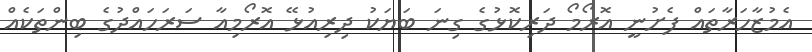
އެމުޒާހަރާތައް ފެށުނީ އޮރޯމޯ ދަރިކޮޅުގެ ގިނަ ބަޔަކު ދިރިއުޅޭ އޮރޯމިއާ ސަރަހައްދުގެ ބިންތަކެއް